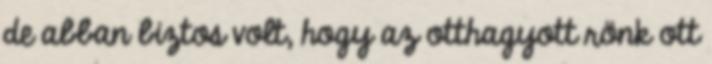
de abban biztos volt, hogy az otthagyott rönk ott